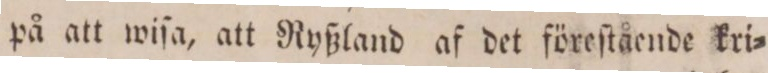
på att wiſa, att Ryßland af det föreſtående kri=